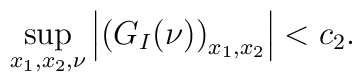
\sup_{x_{1},x_{2},\nu}\left|\left(G_{I}(\nu)\right)_{x_{1},x_{2}}\right|< c_{2}.